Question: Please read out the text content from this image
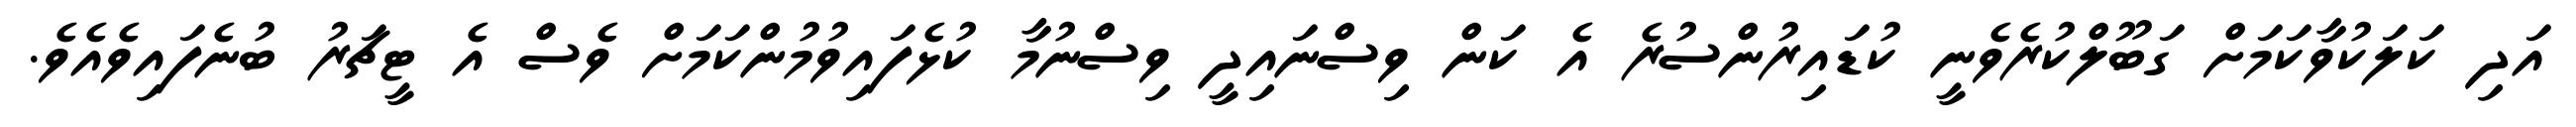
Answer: އަދި ކަލަކުވާކަމަށް ގަބޫލްކުރެވެނީ ކުޑައިރުންސުރެ އެ ކަން ވިސްނައިދީ ވިސްނުމާ ކުޅެފައިވުމުންކަމަށް ވެސް އެ ޓީޗަރު ބުނެފައިވެއެވެ.